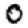
Digit: 0